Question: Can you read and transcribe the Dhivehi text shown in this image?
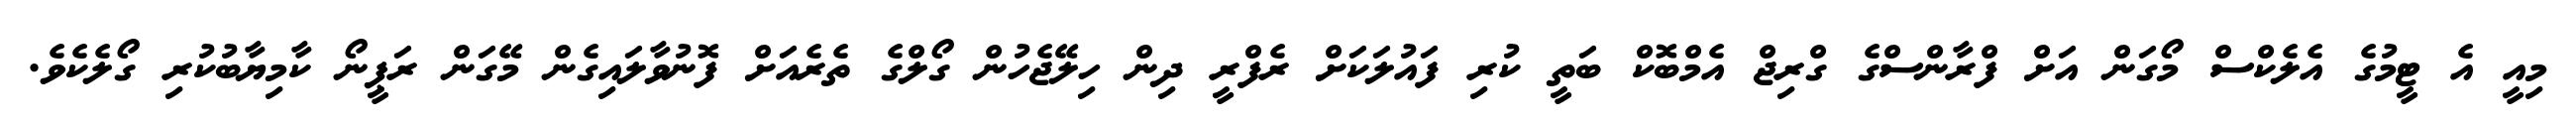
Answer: މިއީ އެ ޓީމުގެ އެލެކްސް މޯގަން އަށް ފްރާންސްގެ ގްރިޖް އެމްބޮކް ބަތީ ކުރި ފައުލަކަށް ރެފްރީ ދިން ހިލޭޖެހުން ގޯލްގެ ތެރެއަށް ފޮނުވާލައިގެން މޭގަން ރަޕީނޯ ކާމިޔާބުކުރި ގޯލެކެވެ.